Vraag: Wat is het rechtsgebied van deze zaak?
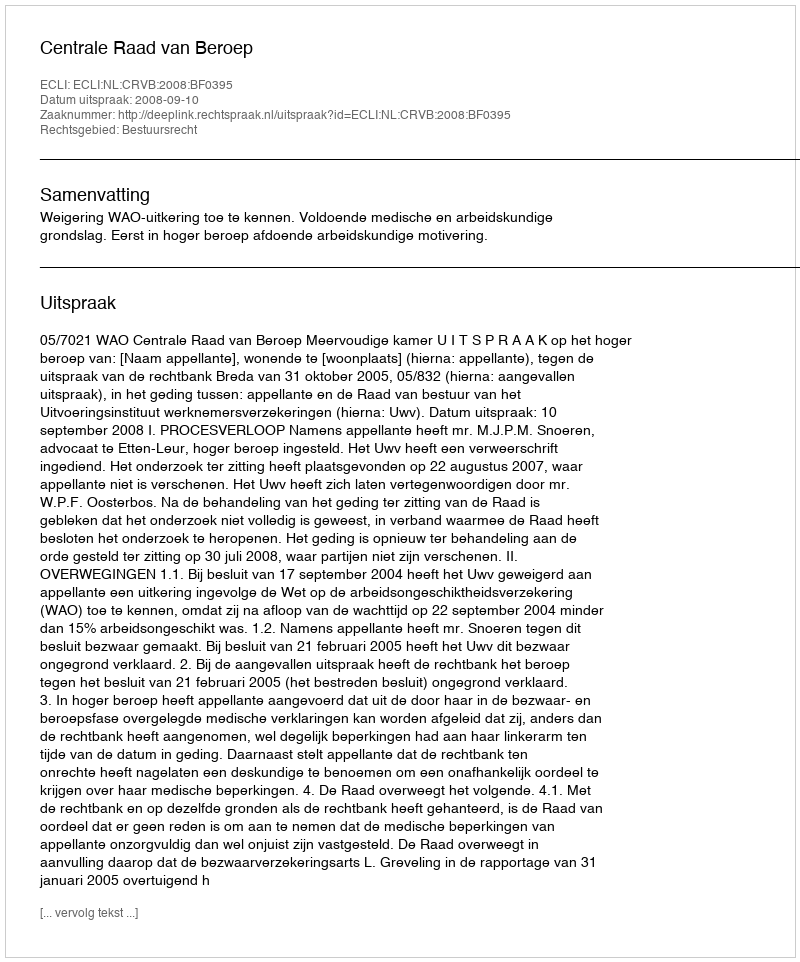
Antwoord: Bestuursrecht